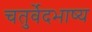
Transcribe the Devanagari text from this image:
चतुर्वेदभाष्य